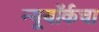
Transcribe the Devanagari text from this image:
न्यूयॉर्कचा